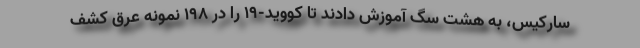
سارکیس، به هشت سگ آموزش دادند تا کووید-۱۹ را در ۱۹۸ نمونه عرق کشف